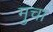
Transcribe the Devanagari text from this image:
मुचा